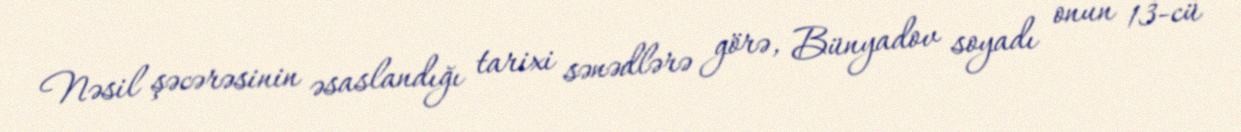
Nəsil şəcərəsinin əsaslandığı tarixi sənədlərə görə, Bünyadov soyadı onun 13-cü